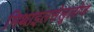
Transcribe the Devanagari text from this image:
मिथाइलसेलूलोज